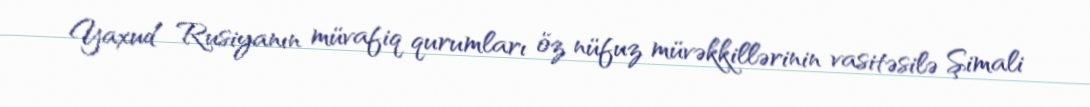
Yaxud Rusiyanın müvafiq qurumları öz nüfuz müvəkkillərinin vasitəsilə Şimali